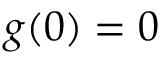
g ( 0 ) = 0